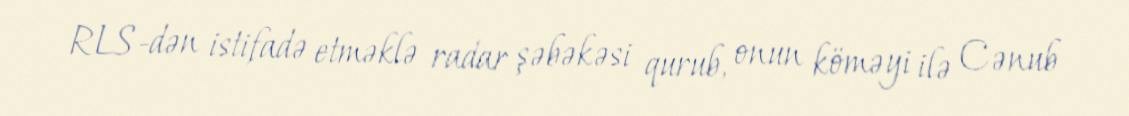
RLS-dən istifadə etməklə radar şəbəkəsi qurub, onun köməyi ilə Cənub